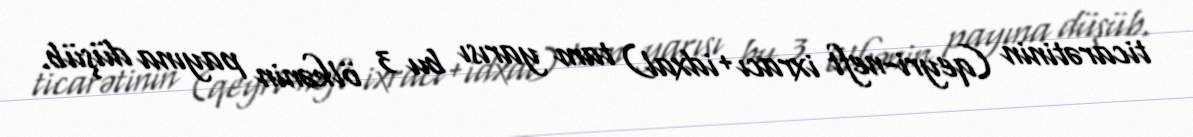
ticarətinin (qeyri-neft ixracı+idxal) tam yarısı bu 3 ölkənin payına düşüb.